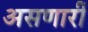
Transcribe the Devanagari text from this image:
असणारीं